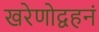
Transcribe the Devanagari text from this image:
खरेणोद्वहनं